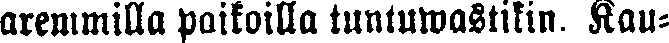
aremmilla paikoilla tuntuwastikin. Kau-